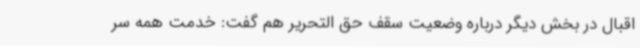
اقبال در بخش دیگر درباره وضعیت سقف حق التحریر هم گفت: خدمت همه سر